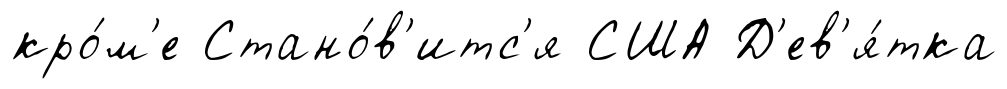
кро́м'е Стано́в'итс'я США Д'ев'я́тка